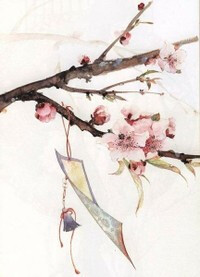
桃花落。闲池阁。山盟虽在，锦书难托。